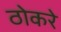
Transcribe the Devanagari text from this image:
ठोकरे